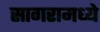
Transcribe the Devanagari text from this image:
सागरामध्ये